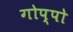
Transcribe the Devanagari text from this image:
गोप्पो